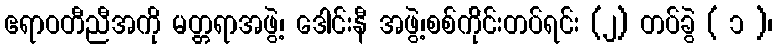
ဧရာဝတီညီအကို မတ္တရာအဖွဲ့၊ ဒေါင်းနီ အဖွဲ့၊စစ်က်ိုင်းတပ်ရင်း (၂) တပ်ခွဲ ( ၁ )၊